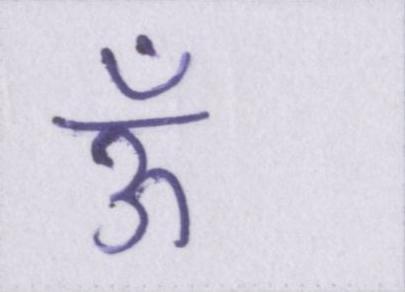
ऊँ